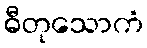
ဓီတုသောကံ